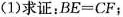
(1)求证：$$B E = C F$$；